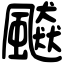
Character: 飇